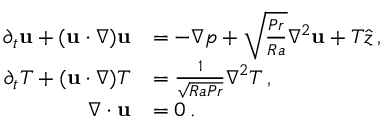
\begin{array} { r l } { \partial _ { t } { \bf u } + ( { \bf u } \cdot \nabla ) { \bf u } } & { = - \nabla p + \sqrt { \frac { P r } { R a } } \nabla ^ { 2 } { \bf u } + T \hat { z } \, , } \\ { \partial _ { t } T + ( { \bf u } \cdot \nabla ) T } & { = { \frac { 1 } { \sqrt { R a P r } } } \nabla ^ { 2 } T \, , } \\ { \nabla \cdot { \bf u } } & { = 0 \, . } \end{array}